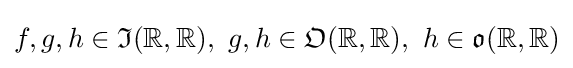
f,g,h\in {\mathfrak {I}}(\mathbb {R} ,\mathbb {R} ),\ g,h\in {\mathfrak {O}}(\mathbb {R} ,\mathbb {R} ),\ h\in {\mathfrak {o}}(\mathbb {R} ,\mathbb {R} )